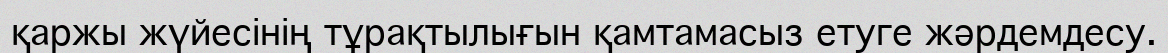
қаржы жүйесінің тұрақтылығын қамтамасыз етуге жәрдемдесу.